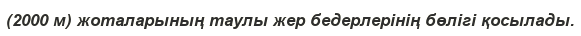
(2000 м) жоталарының таулы жер бедерлерінің бөлігі қосылады.